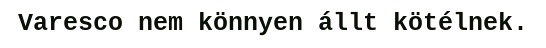
Varesco nem könnyen állt kötélnek.